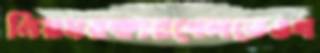
নিয়মরক্ষারখেলতেওখ